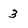
Character: 3